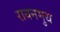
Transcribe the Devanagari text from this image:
रायनमुथ